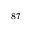
^ { 8 7 }